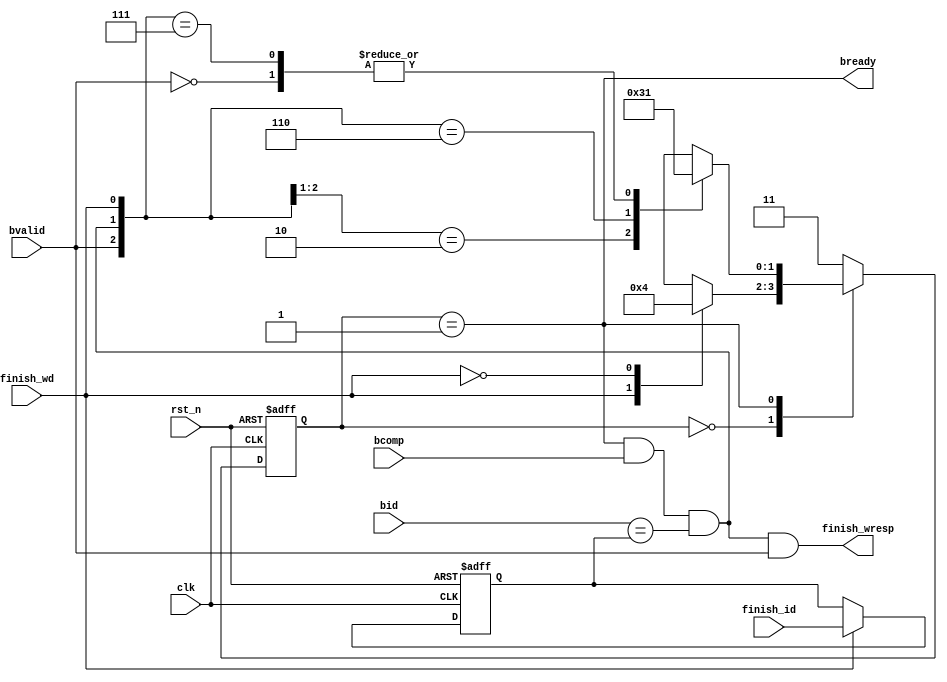
/*
 * My RISC-V RV32I CPU
 *  response channel manager
 *    Verilog code
 * @auther		Yoshiki Kurokawa <yoshiki.k963@gmail.com>
 * @copylight	2024 Yoshiki Kurokawa
 * @license		https://opensource.org/licenses/MIT     MIT license
 * @version		0.1
 */

module wresp_chan_mngr (
	input clk,
	input rst_n,

	// bus signals
	input bvalid,
	output  bready,
	input [3:0] bid,
	input bcomp,
	// signals other side
	input finish_wd,
	input [3:0] finish_id,
	output finish_wresp

	);

`define RESP_MIDLE 2'b00
`define RESP_MBINP 2'b01
`define RESP_MDEFO 2'b11

// write data channel manager state machine
reg [1:0] resp_m_current;
wire check_ok;

function [1:0] resp_m_decode;
input [1:0] resp_m_current;
input finish_wd;
input bvalid;
input check_ok;
begin
    case(resp_m_current)
		`RESP_MIDLE: begin
    		case(finish_wd)
				1'b1: resp_m_decode = `RESP_MBINP;
				1'b0: resp_m_decode = `RESP_MIDLE;
				default: resp_m_decode = `RESP_MDEFO;
    		endcase
		end
		`RESP_MBINP: begin
    		casex({bvalid, check_ok, finish_wd})
				3'b0xx: resp_m_decode = `RESP_MBINP;
				3'b10x: resp_m_decode = `RESP_MDEFO;
				3'b110: resp_m_decode = `RESP_MIDLE;
				3'b111: resp_m_decode = `RESP_MBINP;
				default: resp_m_decode = `RESP_MDEFO;
    		endcase
		end
		`RESP_MDEFO: resp_m_decode = `RESP_MDEFO;
		default:     resp_m_decode = `RESP_MDEFO;
   	endcase
end
endfunction

wire [1:0] resp_m_next = resp_m_decode( resp_m_current, finish_wd, bvalid, check_ok );

always @ (posedge clk or negedge rst_n) begin
    if (~rst_n)
        resp_m_current <= `RESP_MIDLE;
    else
        resp_m_current <= resp_m_next;
end

// controls
assign bready = (resp_m_current == `RESP_MBINP);

// check ok
reg [3:0] finish_id_lat;

always @ (posedge clk or negedge rst_n) begin
    if (~rst_n)
        finish_id_lat <= 3'd0;
    else if ( finish_wd )
        finish_id_lat <= finish_id;
end

assign check_ok = bready & bcomp & (bid == finish_id_lat);

assign finish_wresp = check_ok & bvalid;

endmodule